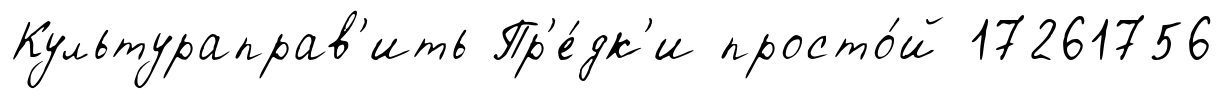
Культураправ'ить Пр'е́дк'и просто́й 17261756